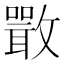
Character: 𣀌